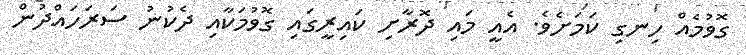
ގޮވުމެއް ހިނގި ކަމަށެވެ. އެއީ މައި ދޮރާށި ކައިރީގައި ގޮވުމަކާއި ދެކުނު ސަރަހައްދުން